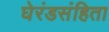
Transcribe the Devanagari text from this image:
घेरंडसंहिता